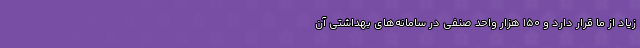
زیاد از ما قرار دارد و ۱۵۰ هزار واحد صنفی در سامانه‌های بهداشتی آن